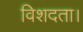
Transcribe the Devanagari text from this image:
विशदता।